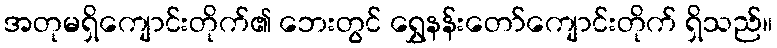
အတုမရှိကျောင်းတိုက်၏ ဘေးတွင် ရွှေနန်းတော်ကျောင်းတိုက် ရှိသည်။